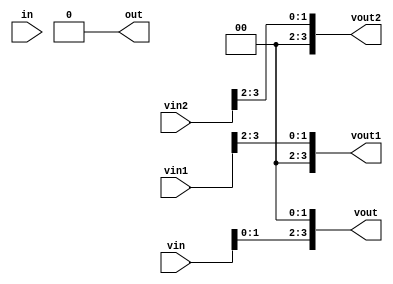
module f22_test(in, out, vin, vout, vin1, vout1, vin2, vout2);
input in;
input [3:0] vin, vin1, vin2;
output [3:0] vout, vout1, vout2;
output out;
assign out = in << 1;
assign vout = vin << 2;
assign vout1 = vin1 >> 2;
assign vout2 = vin2 >>> 2;
endmodule